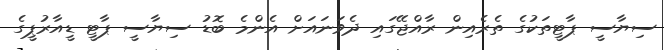
ސިޔާސީ ޕާޓީތަކުގެ ތެރެއިން ރާއްޖޭގައި ދެވަނައަށް އެންމެ ބޮޑު ސިޔާސީ ޕާޓީ ޑީއާރުޕީގެ